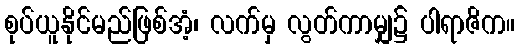
စုပ်ယူနိုင်မည်ဖြစ်အံ့၊ လက်မှ လွတ်ကာမျှ၌ ပါရာဇိက။